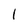
Character: I